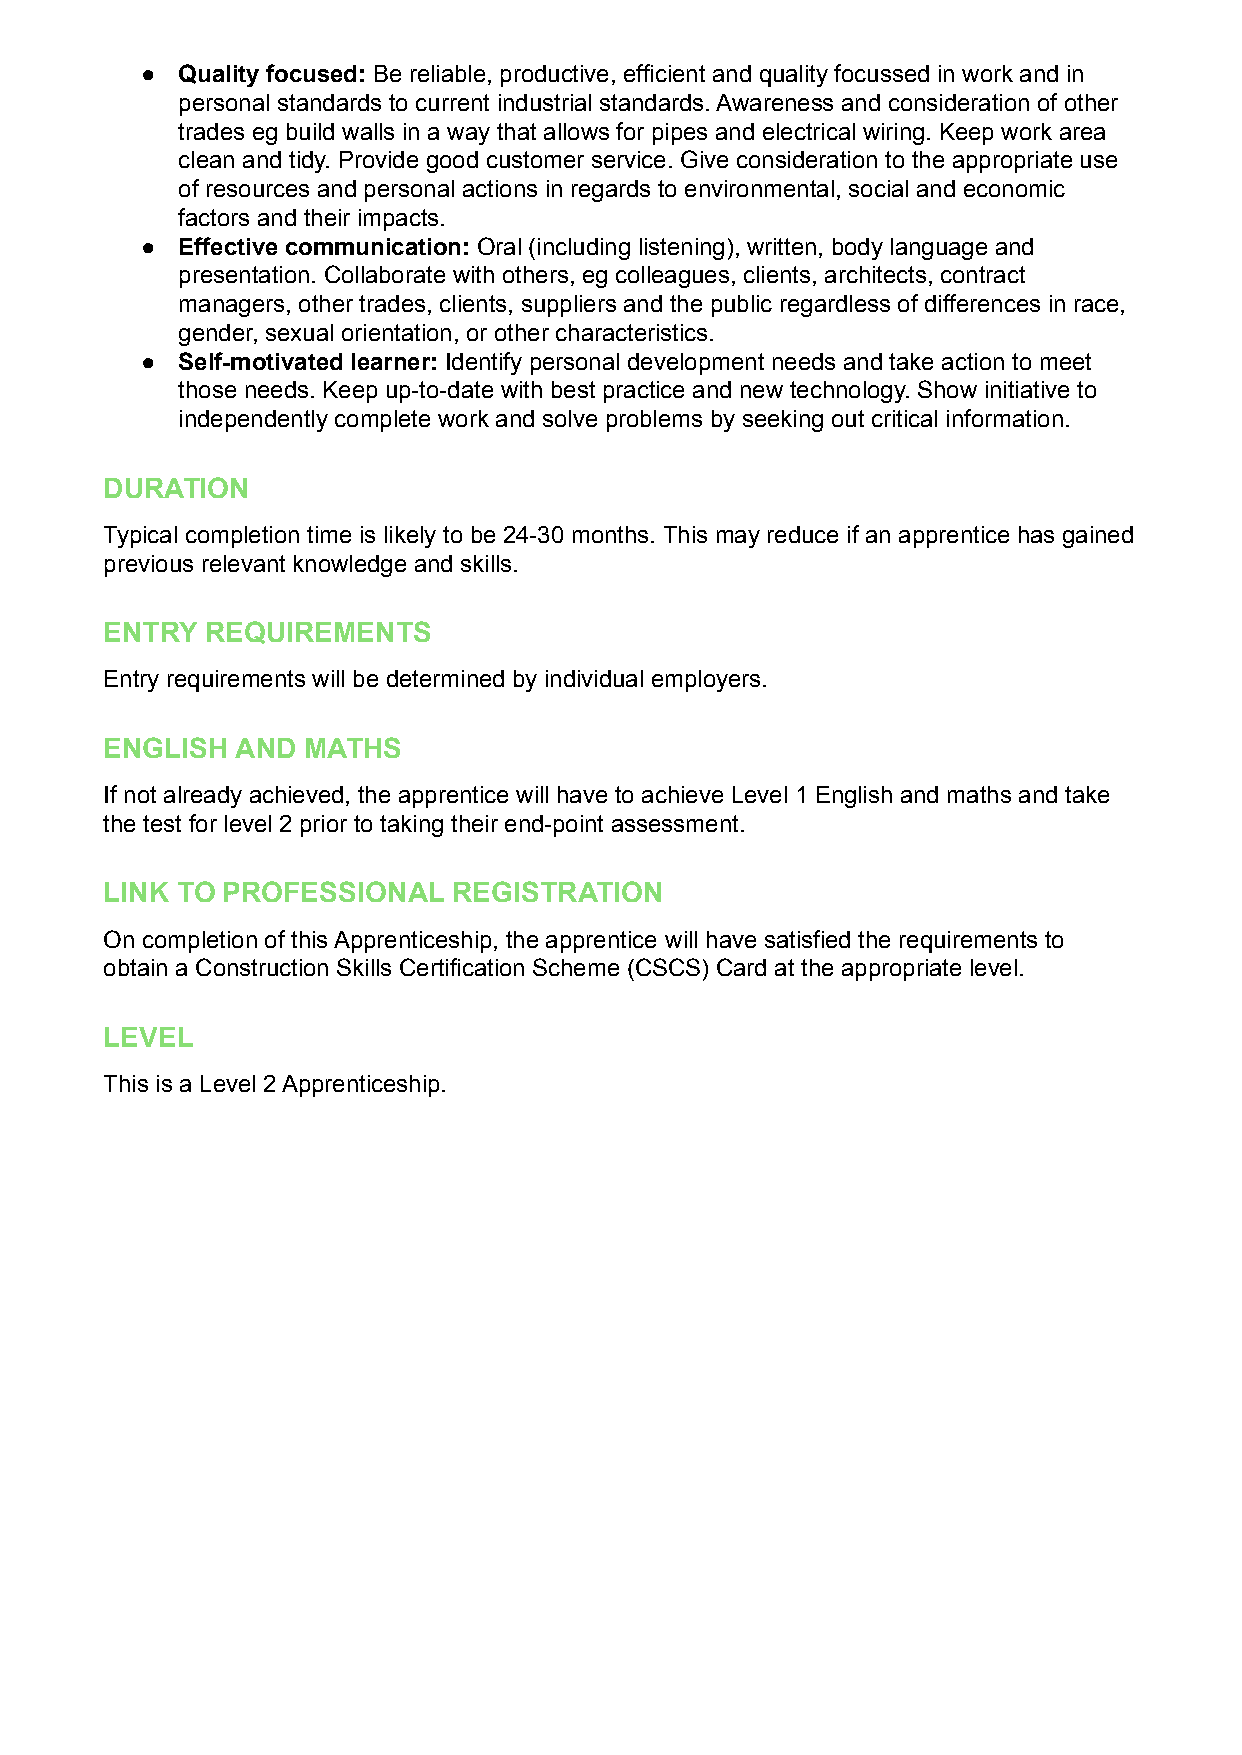
●  Quality focused: Be reliable, productive, efficient and quality focussed in work and in
 personal standards to current industrial standards. Awareness and consideration of other
 trades eg build walls in a way that allows for pipes and electrical wiring. Keep work area
 clean and tidy. Provide good customer service. Give consideration to the appropriate use
 of resources and personal actions in regards to environmental, social and economic
 factors and their impacts.
 ●  Effective communication: Oral (including listening), written, body language and
 presentation. Collaborate with others, eg colleagues, clients, architects, contract
 managers, other trades, clients, suppliers and the public regardless of differences in race,
 gender, sexual orientation, or other characteristics.
 ●  Self-motivated learner: Identify personal development needs and take action to meet
 those needs. Keep up-to-date with best practice and new technology. Show initiative to
 independently complete work and solve problems by seeking out critical information.
 DURATION
 Typical completion time is likely to be 24-30 months. This may reduce if an apprentice has gained
 previous relevant knowledge and skills.
 ENTRY  REQUIREMENTS
 Entry requirements will be determined by individual employers.
 ENGLISH  AND MATHS
 If not already achieved, the apprentice will have to achieve Level 1 English and maths and take
 the test for level 2 prior to taking their end-point assessment.
 LINK TO PROFESSIONAL   REGISTRATION
 On completion of this Apprenticeship, the apprentice will have satisfied the requirements to
 obtain a Construction Skills Certification Scheme (CSCS) Card at the appropriate level.
 LEVEL
 This is a Level 2 Apprenticeship.